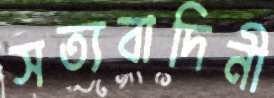
সত্যবাদিনী